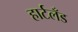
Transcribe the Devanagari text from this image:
हार्टलँड